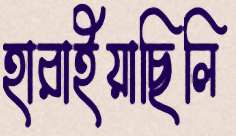
হারাইয়াছিলি